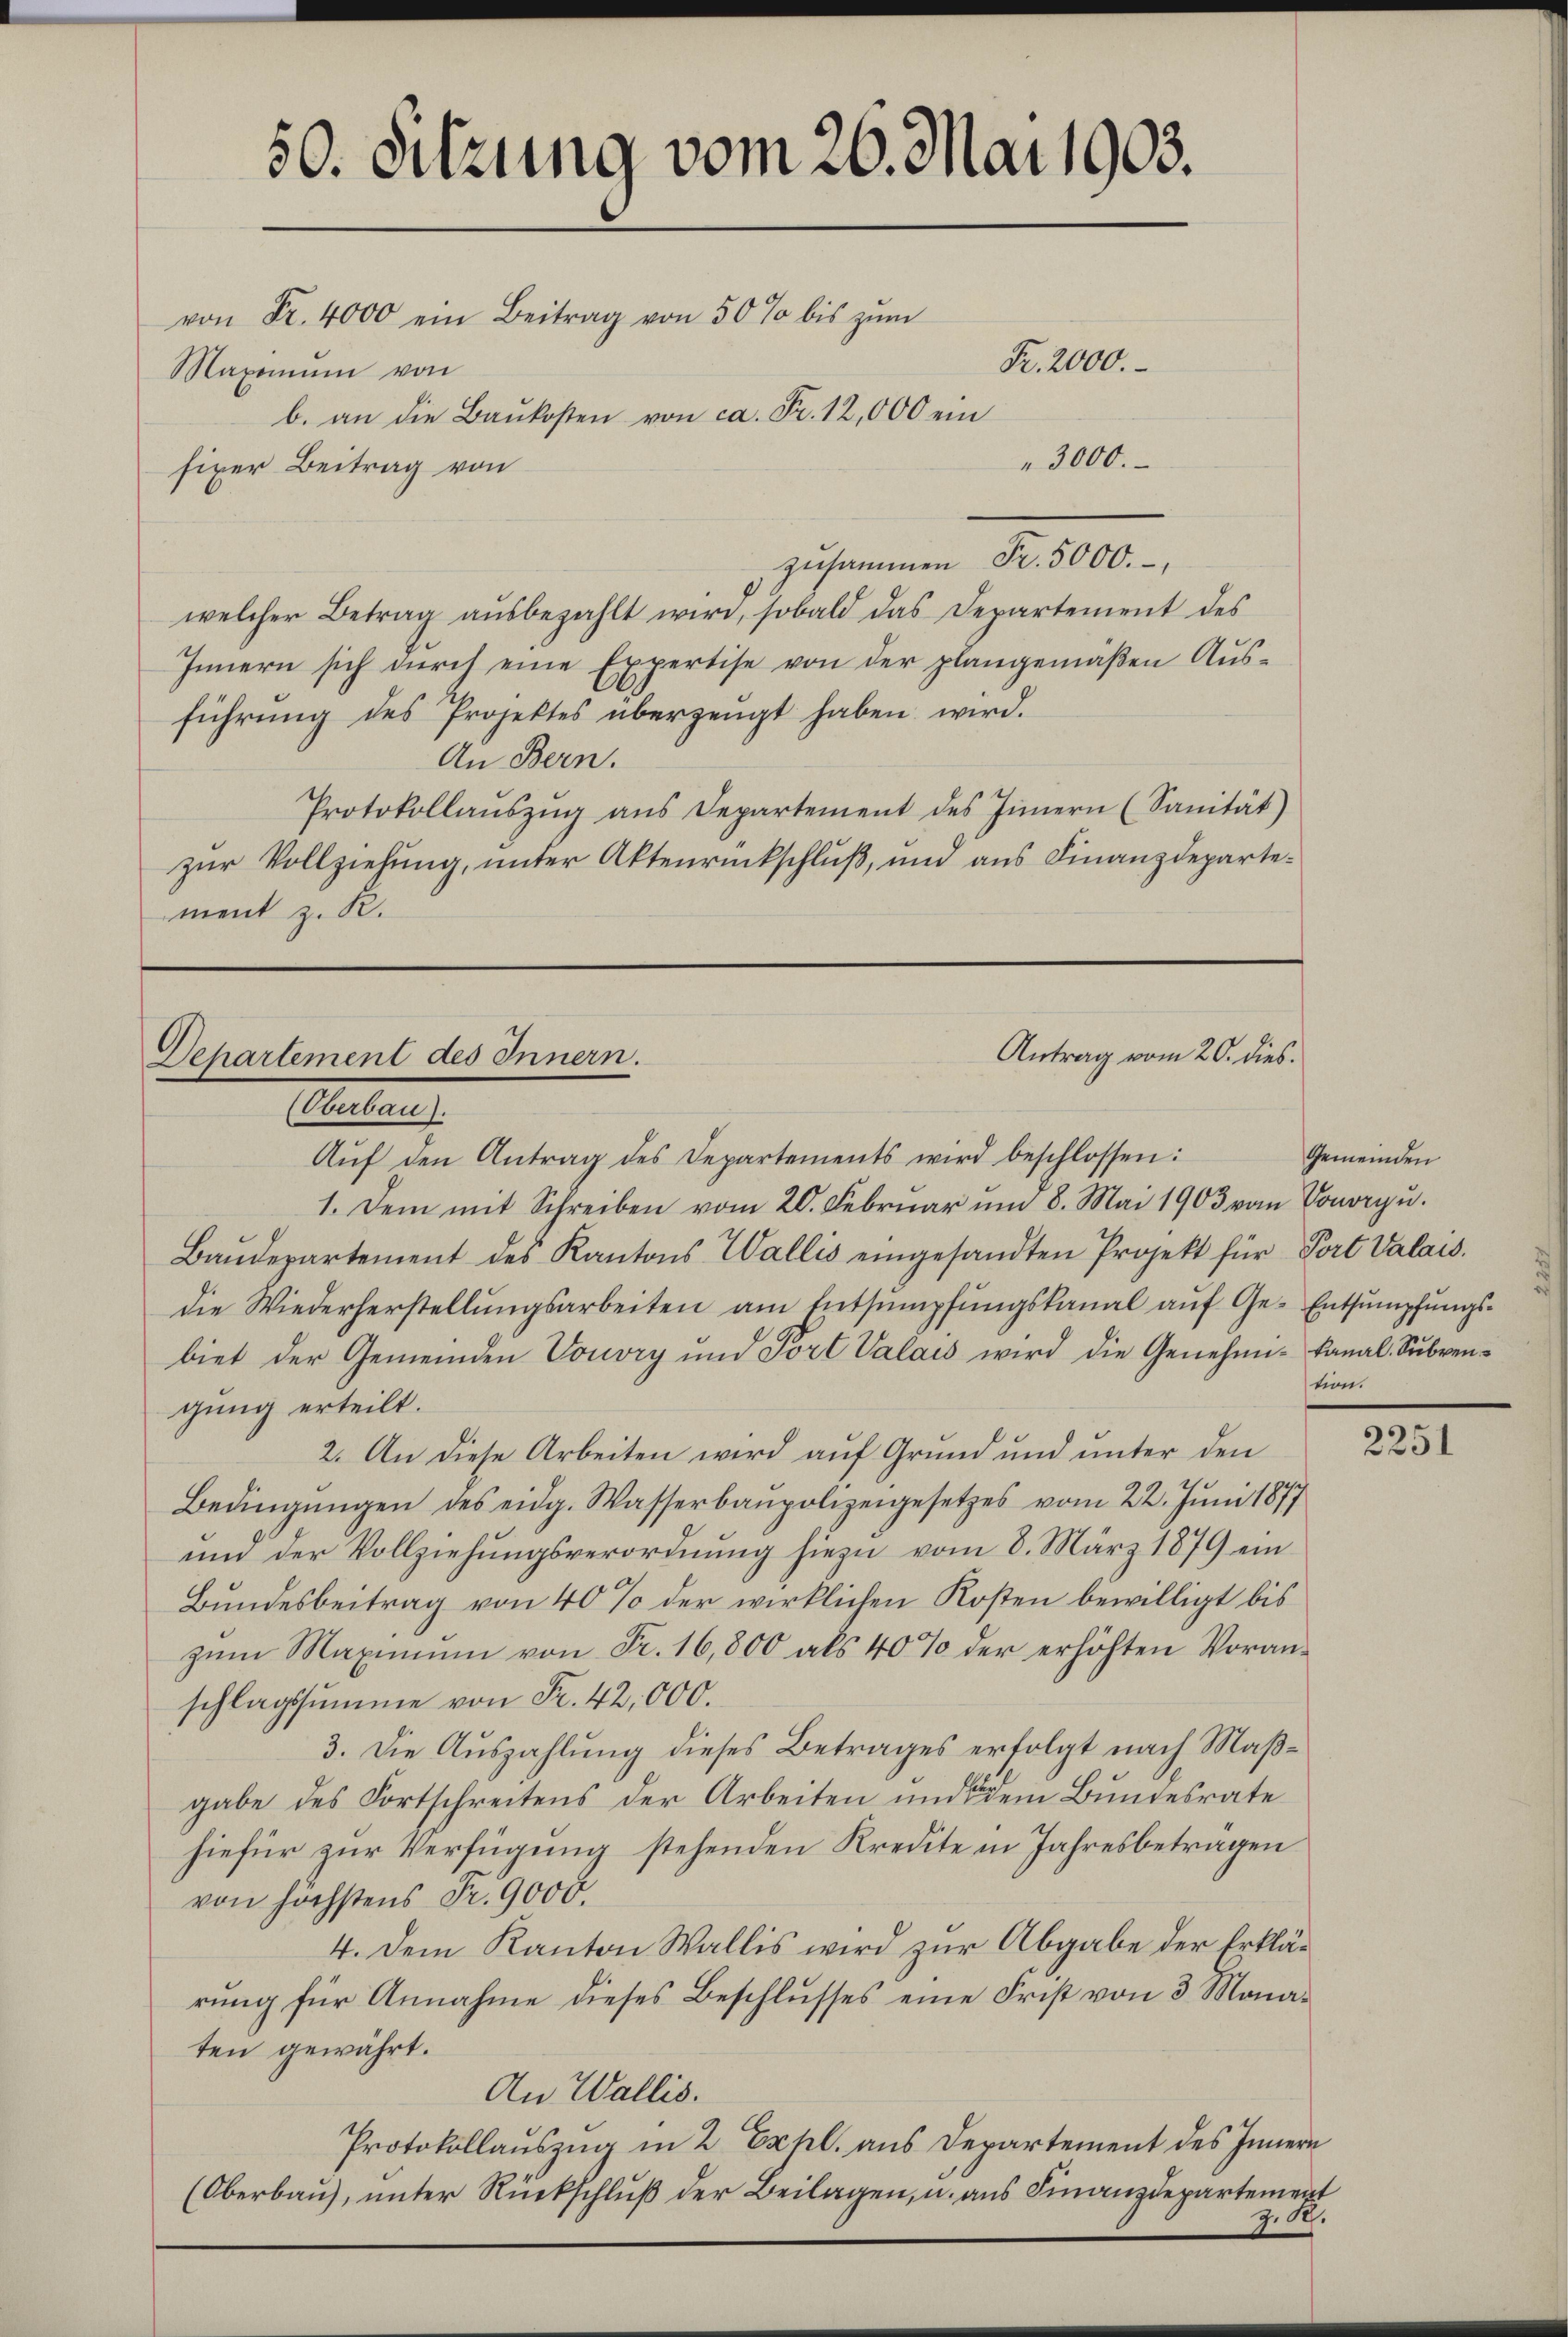
50. Sitzung vom 26. Mai 1903.
von Fr. 4000 ein Beitrag von 50 % bis zŭm
Fr. 2000.
Maximum von
b. an die Baukosten von ca. Fr. 12,000 ein
3000.
fixer Beitrag von

welcher Betrag aŭsbezahlt wird, sobald das Departement des
Innern sich dŭrch eine Expertise von der plangemäßen Ausführung des Projektes überzeugt haben wird.
An Bern.
Protokollaŭszŭg ans Departement des Innern (Sanität)
zur Vollziehung, unter Aktenrückschluß, und aus Finanzdepartement z. R.

Antrag vom 20. dies.
Departement des Innern.
Eheten.

Aŭf den Antrag des Departements wird beschlossen:
1. Dem mit Schreiben vom 20. Februar und 8. Mai 1903 vom Vonorpu
Baŭdepartement des Kantons Wallis eingesandten Projekt für Port Valais.
die Wiederherstellŭngsarbeiten am Entsumpfŭngskanal aŭf Ge- Entsumpfungsbiet der Gemeinden Vouvry und Port Valais wird die Genehmi-kanal-Subvengung erteilt.
2. An diese Arbeiten wird auf Grund und unter den
Bedingŭngen des eidg. Wasserbaupolizeigesetzes vom 22. Juni 1877
und der Vollziehŭngsverordnŭng hiezu vom 8. März 1879 ein
Bundesbeitrag von 40% der wirklichen Kosten bewilligt bis
zŭm Maximum von Fr. 16,800 als 40% der erhöhten Voran-
schlagssumme von Fr. 42,000.
3. Die Aŭszahlŭng dieses Betrages erfolgt nach Maβ-
gabe des Fortschreitens der Arbeiten und dem Bundesrate
hiefür zur Verfügung stehenden Kredite in Jahresbeträgen
von höchstens Fr. 9000.
4. Dem Kanton Wallis wird zur Abgabe der Erklärung für Annahme dieses Beschlusses eine Frist von 3 Monaten gewährt.
An Wallis.
Protokollauszug in 2 Expl. aus Departement des Innern
(Oberbau, unter Rückschluß der Beilagen, u. aus Finanzdepartement
z. S.

zusammen Fr. 5000.

Gemeinden
tion.

2251